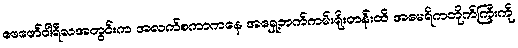
ဖေဖော်ဝါရီလအတွင်းက အလက်စကာကနေ အရှေ့ဘက်ကမ်းရိုးတန်းထိ အမေရိကတိုက်ကြီးကို